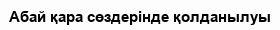
Абай қара сөздерінде қолданылуы